Mental hospitals Bombay report 1929-33 - 1929-1933
Year: 1929
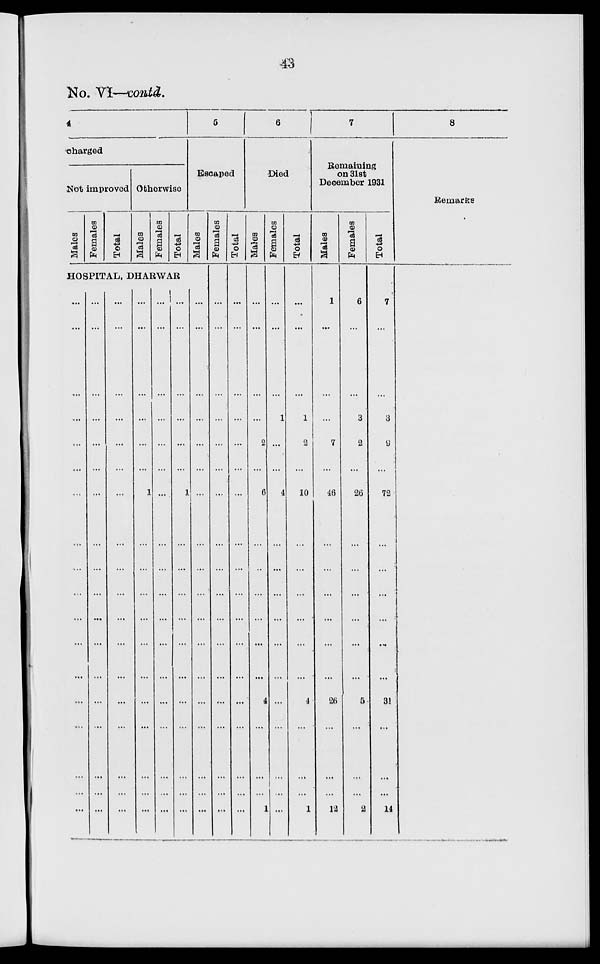
43
No. VI—contd.
4
charged
Not improved
Males
Females
Total
Otherwise
Males
Females
Total
5
Escaped
Males
HOSPITAL, DHARWAR
...
...
...
...
...
...
...
...
...
...
...
...
...
...
...
...
...
...
...
...
...
...
...
...
...
...
...
...
...
...
...
...
...
...
...
...
...
...
...
...
...
...
...
...
...
...
...
...
...
...
...
...
...
...
...
...
...
...
...
...
1
...
...
...
...
...
...
...
...
...
...
...
...
...
...
...
...
...
...
...
...
...
...
...
...
...
...
...
...
...
...
...
...
...
...
...
1
...
...
...
...
...
...
...
...
...
...
...
...
...
...
...
...
...
...
...
...
...
...
...
...
...
...
...
...
...
Females
...
...
...
...
...
...
...
...
...
...
...
...
...
...
...
...
...
...
Total
...
...
...
...
...
...
...
...
...
...
...
...
...
...
...
...
...
...
6
Died
Males
...
...
...
...
2
...
6
...
...
...
...
...
4
...
...
...
1
Females
...
...
...
1
...
...
4
...
...
...
...
...
...
...
...
...
...
...
Total
...
...
...
1
2
...
10
...
...
...
...
...
...
4
...
...
...
1
7
Remaining
on 31st
December 1931
Males
1
...
...
...
7
...
46
...
...
...
...
...
...
26
...
...
...
12
Females
6
...
...
3
2
...
26
...
...
...
...
...
...
5
...
...
...
2
Total
7
...
...
3
9
...
72
...
...
...
...
...
...
31
...
...
...
14
8
Remarks